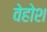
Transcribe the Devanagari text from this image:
वेहोश